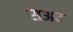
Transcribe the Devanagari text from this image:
सअद